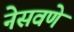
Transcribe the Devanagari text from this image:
नेसवणे